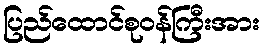
ပြည်ထောင်စုဝန်ကြီးအား